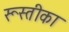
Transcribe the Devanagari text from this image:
रूस्तीका